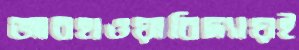
আবহাওয়াবিদ্যায়ই